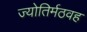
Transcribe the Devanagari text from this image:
ज्योतिर्मठवह